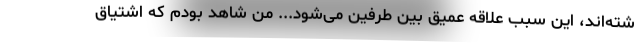
شته‌اند، این سبب علاقه عمیق بین طرفین می‌شود... من شاهد بودم که اشتیاق